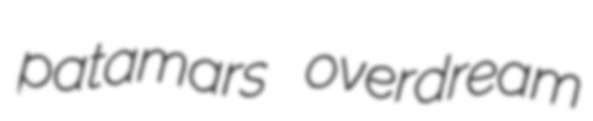
patamars overdream